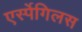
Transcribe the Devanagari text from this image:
एर्स्पेगिलस